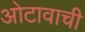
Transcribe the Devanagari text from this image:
ओटावाची